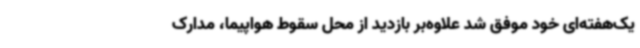
یک‌هفته‌ای خود موفق شد علاوه‌بر بازدید از محل سقوط هواپیما، مدارک